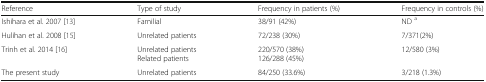
<table><thead><tr><td><b>Reference</b></td><td><b>Type of study</b></td><td><b>Frequency in patients (%)</b></td><td><b>Frequency in controls (%)</b></td></tr></thead><tbody><tr><td>Ishihara et al. 2007 [13]</td><td>Familial</td><td>38/91 (42%)</td><td>ND <sup>a</sup></td></tr><tr><td>Hulihan et al. 2008 [15]</td><td>Unrelated patients</td><td>72/238 (30%)</td><td>7/371(2%)</td></tr><tr><td>Trinh et al. 2014 [16]</td><td>Unrelated patientsRelated patients</td><td>220/570 (38%)126/288 (45%)</td><td>12/580 (3%)</td></tr><tr><td>The present study</td><td>Unrelated patients</td><td>84/250 (33.6%)</td><td>3/218 (1.3%)</td></tr></tbody></table>